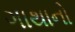
ગાથાનો